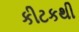
કીટકથી